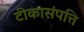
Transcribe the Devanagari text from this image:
टीकासंपत्ति